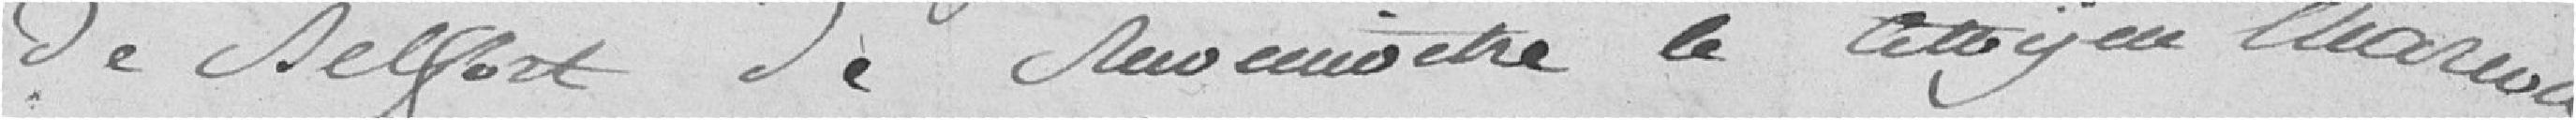
de Belfort de reconnaitre le citoyen Ellarion